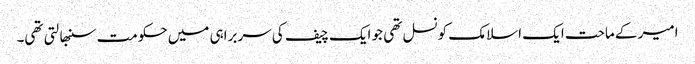
امیر کے ماحت ایک اسلامک کونسل تھی جو ایک چیف کی سربراہی میں حکومت سنبھالتی تھی۔